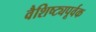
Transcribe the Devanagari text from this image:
वैशिष्ट्यपूर्वक